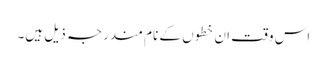
اس وقت ان خطوں کے نام مندرجہ ذیل ہیں۔